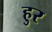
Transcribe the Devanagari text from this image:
हुर